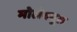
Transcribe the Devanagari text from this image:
मोलेक्यूल